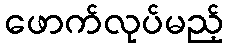
ဖောက်လုပ်မည့်